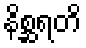
နိစ္ဆရတိ